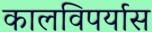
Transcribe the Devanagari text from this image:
कालविपर्यास